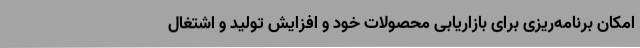
امکان برنامه‌ریزی برای بازاریابی محصولات خود و افزایش تولید و اشتغال